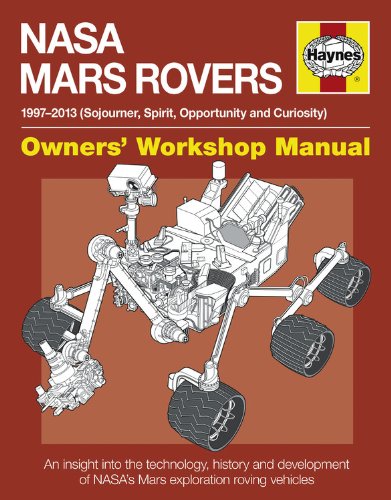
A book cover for NASA Mars Rovers Manual: 1997-2013 (Sojourner, Spirit, Opportunity and  Curiosity) (Owners' Workshop Manual); David Baker; Science & Math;